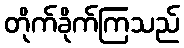
တိုက်ခိုက်ကြသည်